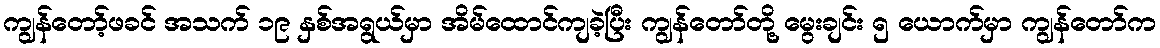
ကျွန်တော့်ဖခင် အသက် ၁၉ နှစ်အရွယ်မှာ အိမ်ထောင်ကျခဲ့ပြီး ကျွန်တော်တို့ မွေးချင်း ၅ ယောက်မှာ ကျွန်တော်က